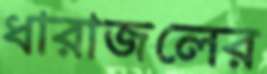
ধারাজলের